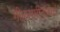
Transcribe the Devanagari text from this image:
गीतसंगीताच्या